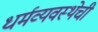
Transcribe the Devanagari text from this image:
धर्मव्यवस्थेची